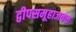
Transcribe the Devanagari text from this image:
द्वीपसमूहाजवळ